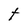
Character: T